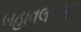
બહાવલનગર